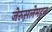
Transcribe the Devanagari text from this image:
जेरुसलेमहुन